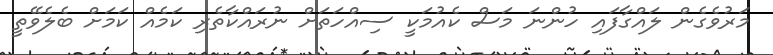
މަރުވެގެން ލައްގާފައި ހުންނަ މަސް ކެއުމަކީ ސިއްހަތަށް ނުރައްކާތެރި ކަމެއް ކަމަށް ބެލެވޭތީ